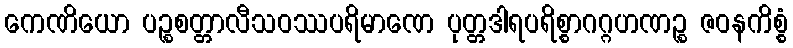
ကေဏိယော ပဉ္စစတ္တာလီသဝဿပရိမာဏေ ပုတ္တဒါရပရိစ္စာဂဂ္ဂဟဏဉ္စ ဇဝနကိစ္စံ